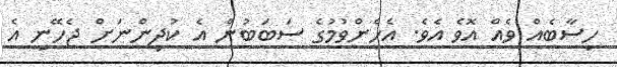
ހިސާބެއް ވެއް އޮވެ އެވެ. އެހެންވުމުގެ ސަބަބުން އެ ކުދިންނަށް ޖެހޭނީ އެ